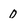
Character: 0